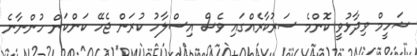
ޝަހީމް ވިދާޅުވީ ކޮންމެ ސަރުކާރެއްގައި ވެސް އިސްލާހު ކުރަން ޖެހޭ ކަންކަން ހުންނާނެ